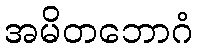
အမိတဘောဂံ